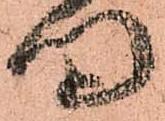
門